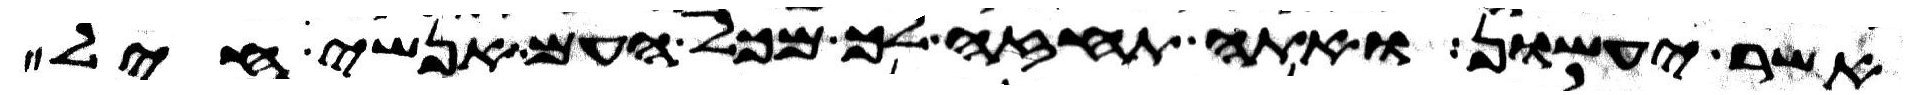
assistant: אשר יעשון ואתה תחזה לך מכל העם אנשי חיל